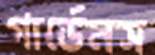
গার্ডেনস